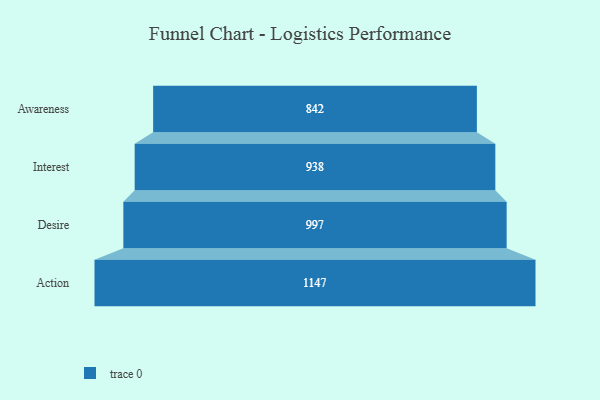
{"axis": {"x": "Stage", "y": "Value"}, "legend": [""], "data": [{"x": "Awareness", "y": 842.0, "type": ""}, {"x": "Interest", "y": 938.0, "type": ""}, {"x": "Desire", "y": 997.0, "type": ""}, {"x": "Action", "y": 1147.0, "type": ""}]}